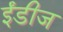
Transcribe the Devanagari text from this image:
ईंडीज